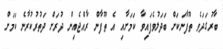
ބާރުގަދަވެ ތޫފާނަކަށް ބަދަލުވެފައިވާ ކަމަށާއި އެ ތޫފާން ރާއްޖެއިން ދުރަށް ދަތުރުކުރާނެ ކަމަށް